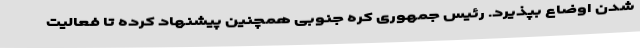
شدن اوضاع بپذیرد. رئیس جمهوری کره جنوبی همچنین پیشنهاد کرده تا فعالیت